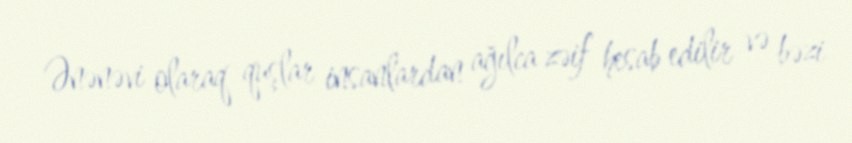
Ənənəvi olaraq quşlar insanlardan ağılca zəif hesab edilir və bəzi